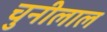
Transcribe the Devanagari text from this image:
चुनीलाल